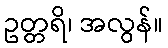
ဥတ္တရိ၊ အလွန်။